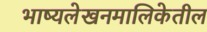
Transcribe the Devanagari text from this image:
भाष्यलेखनमालिकेतील